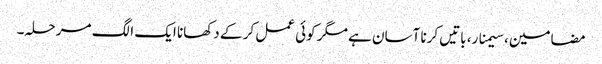
مضامین، سیمنار، باتیں کرنا آسان ہے مگر کوئی عمل کر کے دکھانا ایک الگ مرحلہ۔